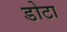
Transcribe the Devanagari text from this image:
डोटा